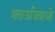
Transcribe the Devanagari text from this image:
शताऊजियाओं